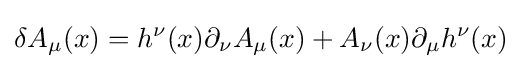
\delta A_{\mu }(x)=h^{\nu }(x)\partial _{\nu }A_{\mu }(x)+A_{\nu }(x)\partial _{\mu }h^{\nu }(x)